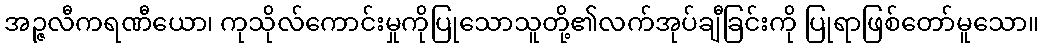
အဉ္ဇလီကရဏီယော၊ ကုသိုလ်ကောင်းမှုကိုပြုသောသူတို့၏လက်အုပ်ချီခြင်းကို ပြုရာဖြစ်တော်မူသော။